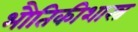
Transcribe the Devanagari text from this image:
भौतिकीशास्त्र